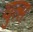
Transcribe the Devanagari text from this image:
वुत्स